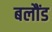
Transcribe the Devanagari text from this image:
बलौंड